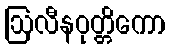
ဩလီနဝုတ္တိကော